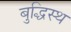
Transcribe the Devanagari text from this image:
बुद्धिस्थ